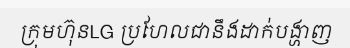
ក្រុមហ៊ុនLG ប្រហែលជានឹងដាក់បង្ហាញ